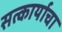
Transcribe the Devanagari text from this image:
सत्कार्याचा